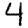
Digit: 4